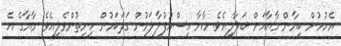
އެހުމުން ކިޔާން މާޔާއަށް ބަލާލިއެވެ. މާޔާ އިސްއުފުލާލަމުން ގަދަކަމުން ހިނިތުންވެލިއެވެ. މާޔާގެ އެ